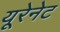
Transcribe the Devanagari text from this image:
यूरेनेट